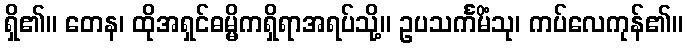
ရှိ၏။ တေန၊ ထိုအရှင်ဓမ္မိကရှိရာအရပ်သို့။ ဥပသင်္ကမိံသု၊ ကပ်လေကုန်၏။